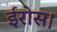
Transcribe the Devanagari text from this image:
ईरोस।